Annual report on the lock hospitals of the Madras Presidency
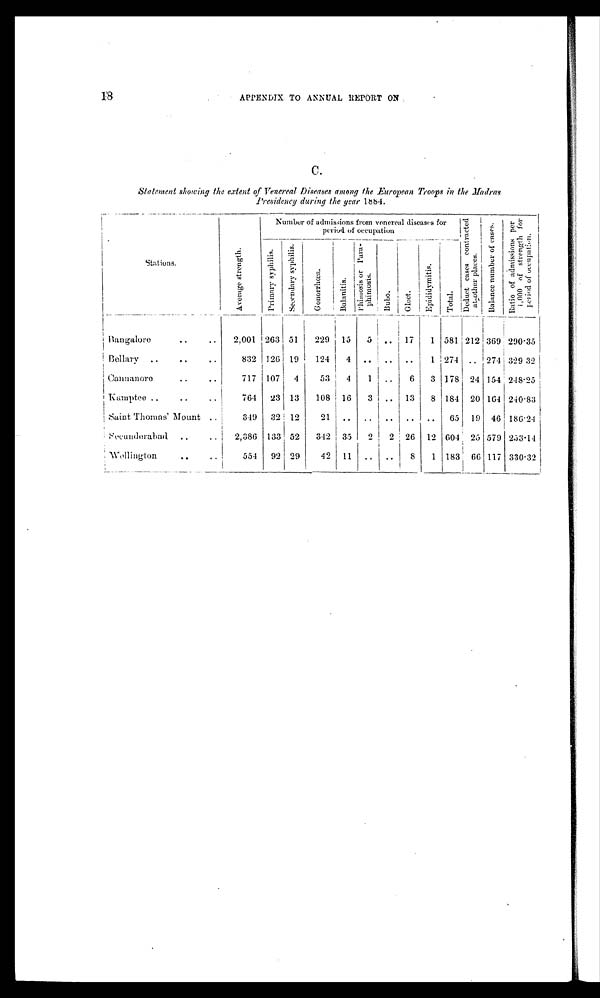
18
APPENDIX TO ANNUAL REPORT ON
C .
Statement showing the extent of Venereal Diseases among the European Troops in the Madras
Presidency during the year 1884.
Stations.
A v e r a g e s t r e n g t h .
Number of admissions from venereal diseases for
period of occupation
D e d u c t c a s e s c o n t r a c t e d a t o t h e r p l a c e s .
B a l a n c e n u m b e r o f c a s e s . R a t i o o f a d m i s s i o n s p e r 1 , 0 0 0 o f s t r e n g t h f o r p e r i o d o f o c c u p a t i o n .
P r i m a r y s y p h i l i s .
S e c o n d a r y s y p h i l i s .
G o n o r r h œ a .
B a l a n i t i s .
P h i m o s i s o r P a r a p h i m o s i s .
B u b o .
G l e e t .
E p i d i d y m i t i s .
T o t a l .
Bangalore .. ..
2,001 263 51 229 15 5 .. 17 1 581 212 369 290.35
Bellary .. .. ..
832 126 19 124 4 ..
..
..
1 274 .. 274 329 32
Cannanore
.. ..
717 107 4
53 4
1 .. 6 3 178 24 154 248.25
Kamptee ..
..
..
764 23 13 108 16 3 .. 13 8 184 20 164 240.83
Saint Thomas' Mount ..
349 32 12
21
.. .. .. .. ..
65 19 46 186.24
Secunderabad ..
..
2,386 133 52 342 35 2 2 26 12 604 25 579 253.14
Wellington
..
..
554 92 29
42 11
.. ..
8 1 183 66 117 330.32